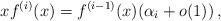
LaTeX: \begin{align*}xf^{(i)}(x) = f^{(i-1)}(x)(\alpha_i+o(1))\,, \end{align*}